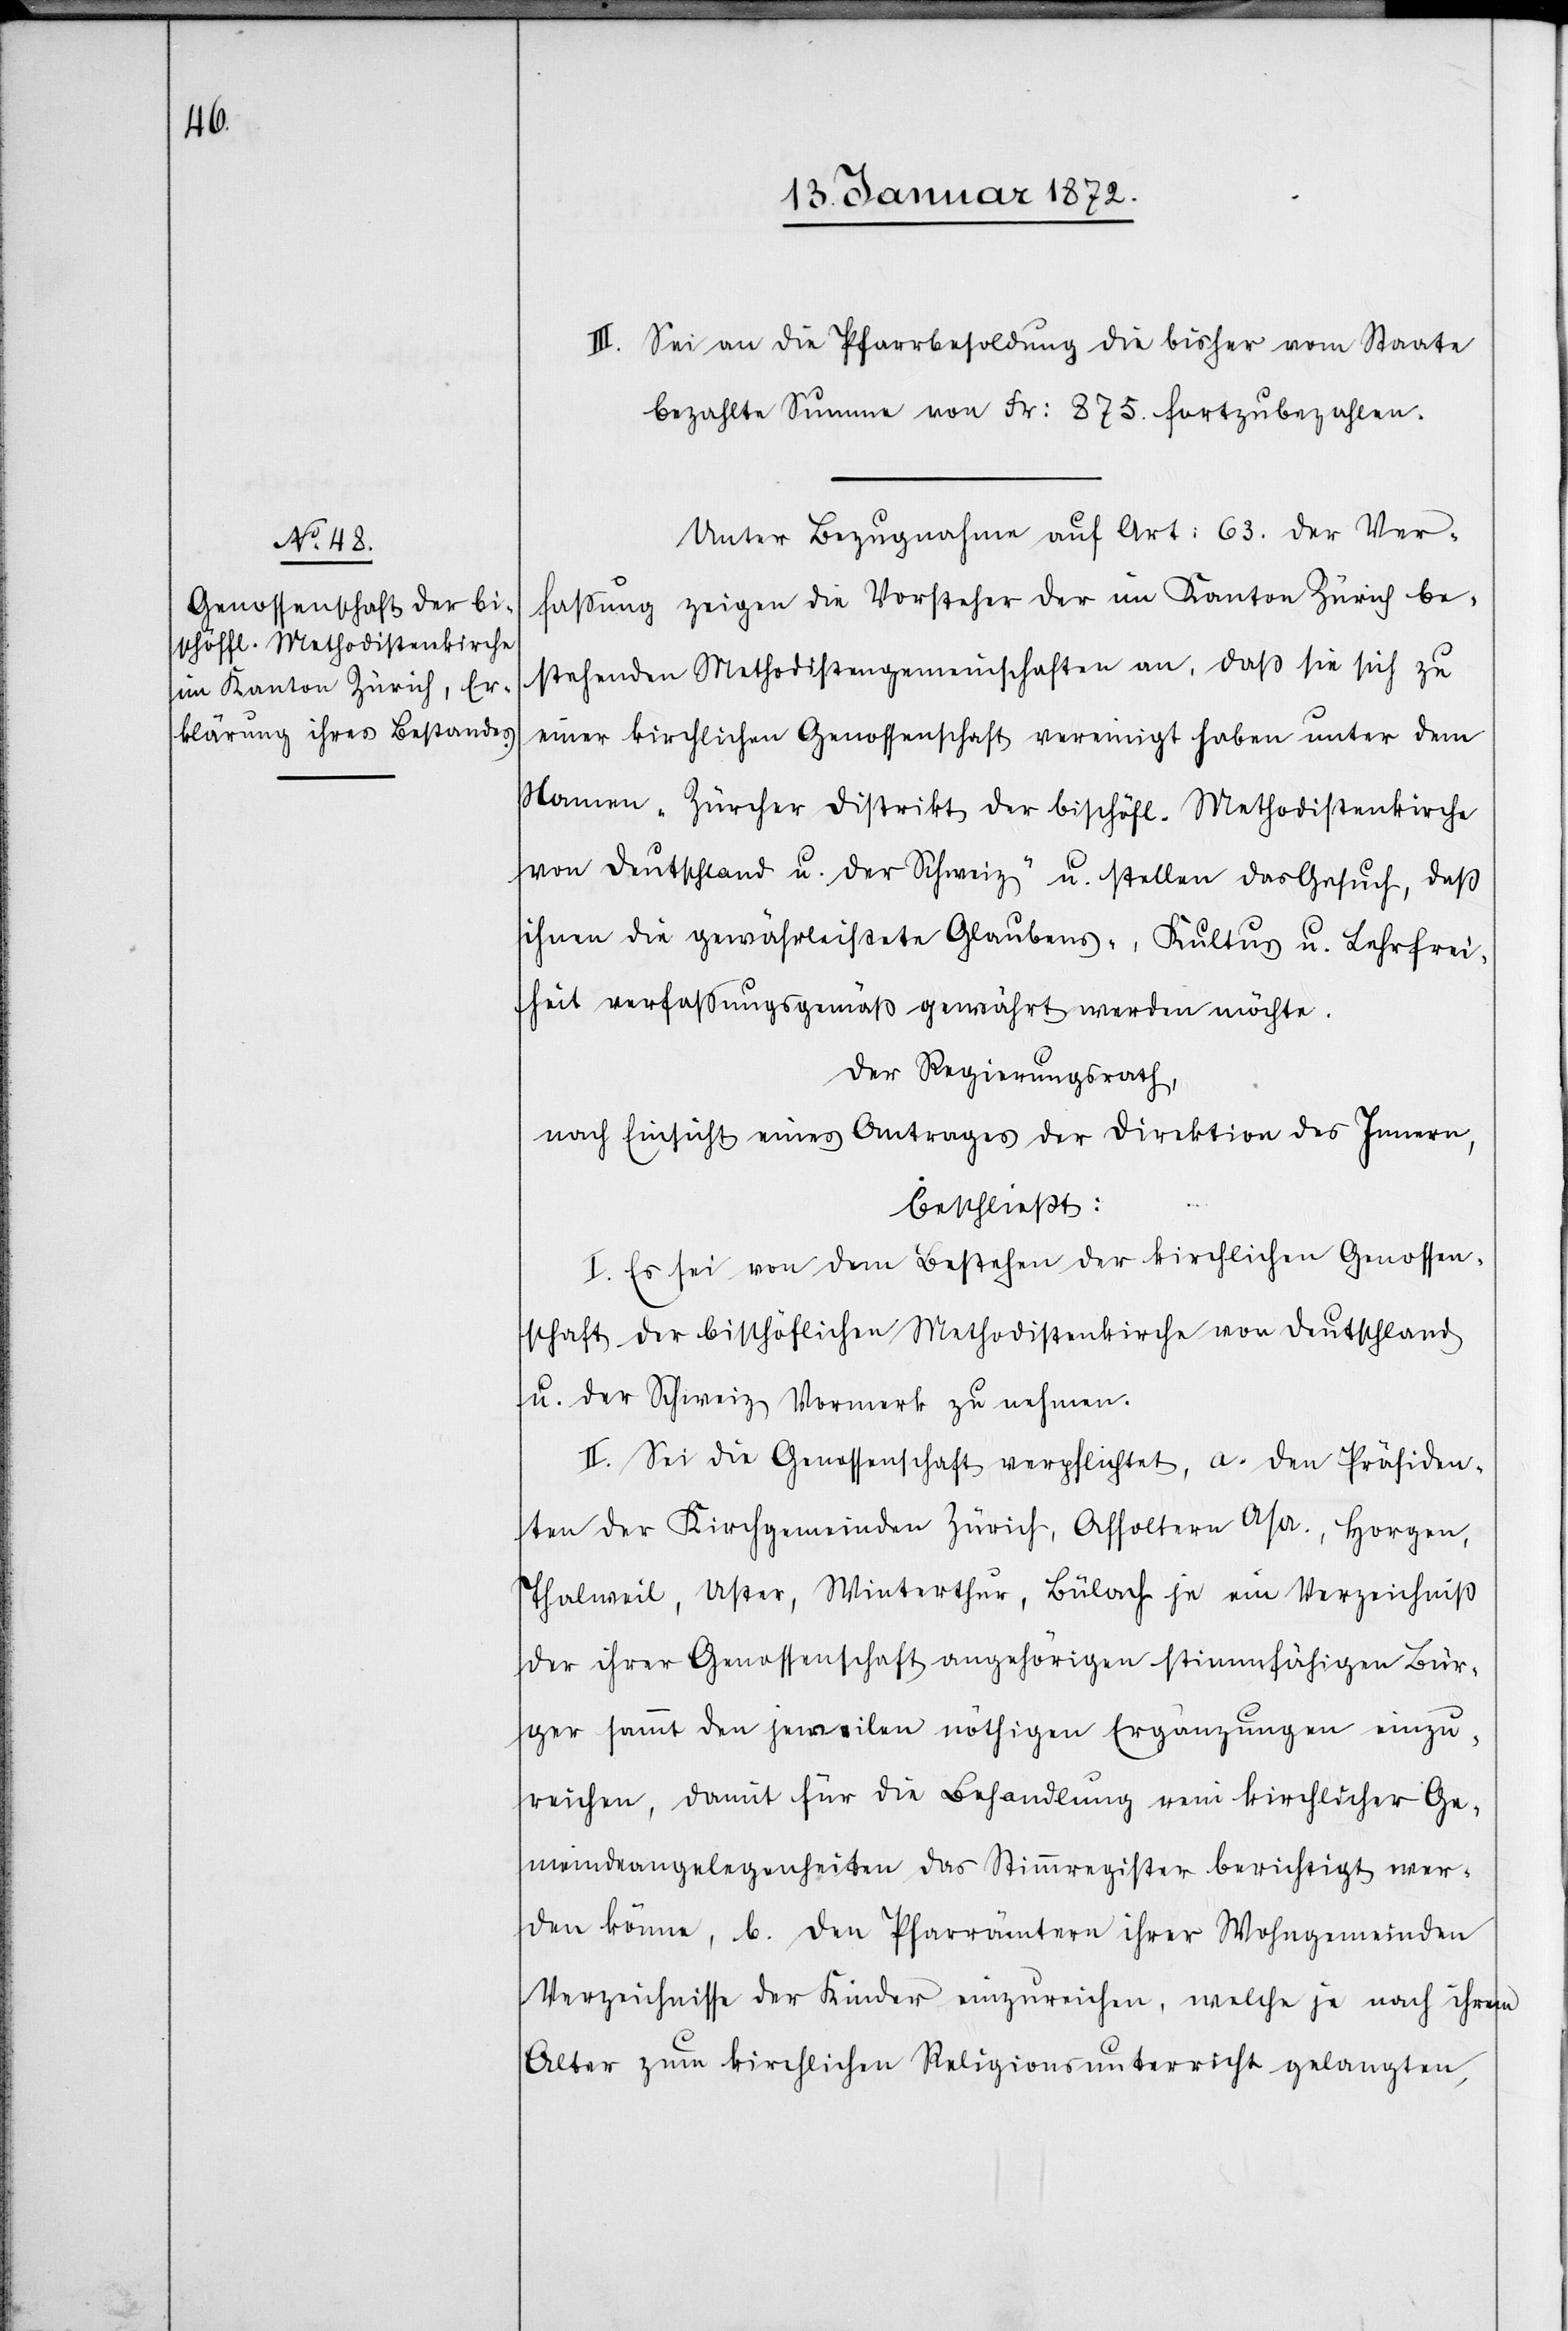
III. Sei an die Pfarrbesoldung die bisher vom Staate
bezahlte Summe von Fr: 875. fortzubezahlen.
Unter Bezugnahme auf Art: 63. der Ver¬
fassung zeigen die Vorsteher der im Kanton Zürich be¬
stehenden Methodistengemeinschaften an, daß sie sich zu
einer kirchlichen Genossenschaft vereinigt haben unter dem
Namen „Zürcher Distrikt der bischöfl. Methodistenkirche
von Deutschland u. der Schweiz“ u. stellen das Gesuch, daß
ihnen die gewährleistete Glaubens-, Kultus u. Lehrfrei¬
heit verfassungsgemäß gewährt werden möchte.
Der Regierungsrath,
nach Einsicht eines Antrages der Direktion des Innern,
beschließt:
I. Es sei von dem Bestehen der kirchlichen Genossen¬
schaft der bischöflichen Methodistenkriche von Deutschland
u. der Schweiz Vormerk zu nehmen.
II. Sei die Genossenschaft verpflichtet, a. den Präsiden¬
ten der Kirchengemeinden Zürich, Affoltern a/A, Horgen,
Thalweil, Uster, Winterthur, Bülach je ein Verzeichniß
der ihrer Genossenschaft angehörigen stimmfähigen Bür¬
ger sammt den jeweilen nöthigen Ergänzungen einzu¬
reichen, damit für die Besoldung rein kirchlicher Ge¬
meindeangelegenheiten das Stimmregister berichtigt wer¬
den könne, b. den Pfarrämtern ihrer Wohngemeinden
Verzeichnisse der Kinder einzureichen, welche je nach ihrem
Alter zum kirchlichen Religionsunterricht gelangten,